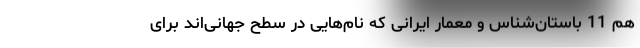
هم 11 باستان‌شناس و معمار ایرانی که نام‌هایی در سطح جهانی‌اند برای